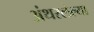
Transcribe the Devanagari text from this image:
अंथरलेल्या